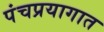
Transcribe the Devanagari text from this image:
पंचप्रयागात